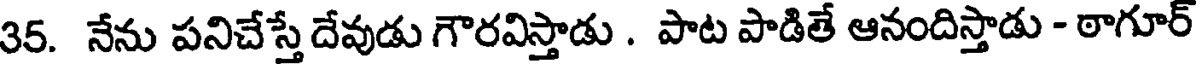
35. నేను పనిచేస్తే దేవుడు గౌరవిస్తాడు . పాట పాడితే ఆనందిస్తాడు - ఠాగూర్